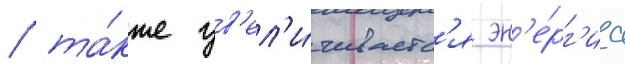
/ та́кже ув'ел'и́чиваетс'я эн'е́рг'иа